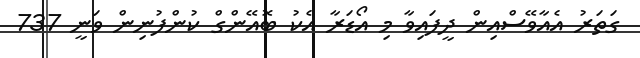
ގަތަރު އެއާވޭސްއިން ދީފައިވާ މި އޯޑަރާ އެކު ބޮއޭންގް ކުންފުނިން ވަނީ 737